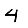
Digit: 4